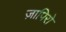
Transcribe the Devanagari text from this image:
ज़ापिरो